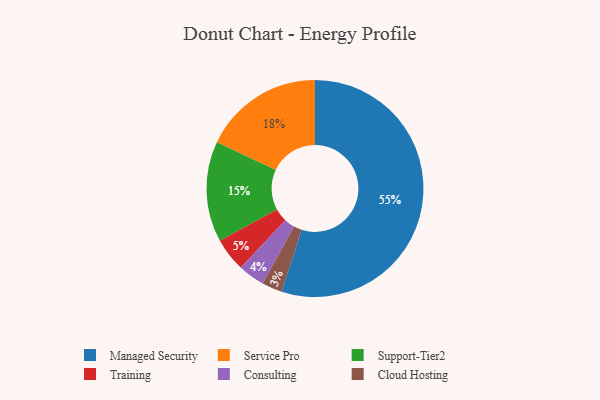
{"axis": {"x": "Category", "y": "Percentage"}, "legend": ["Cloud Hosting", "Consulting", "Managed Security", "Service Pro", "Support-Tier2", "Training"], "data": [{"x": "Support-Tier2", "y": 15, "type": "Support-Tier2"}, {"x": "Service Pro", "y": 18, "type": "Service Pro"}, {"x": "Training", "y": 5, "type": "Training"}, {"x": "Consulting", "y": 4, "type": "Consulting"}, {"x": "Cloud Hosting", "y": 3, "type": "Cloud Hosting"}, {"x": "Managed Security", "y": 55, "type": "Managed Security"}]}